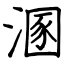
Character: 溷